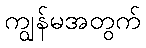
ကျွန်မအတွက်